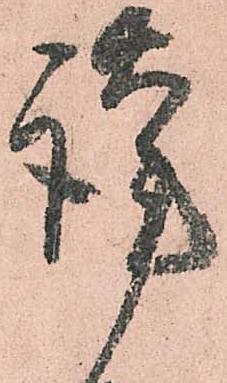
謹